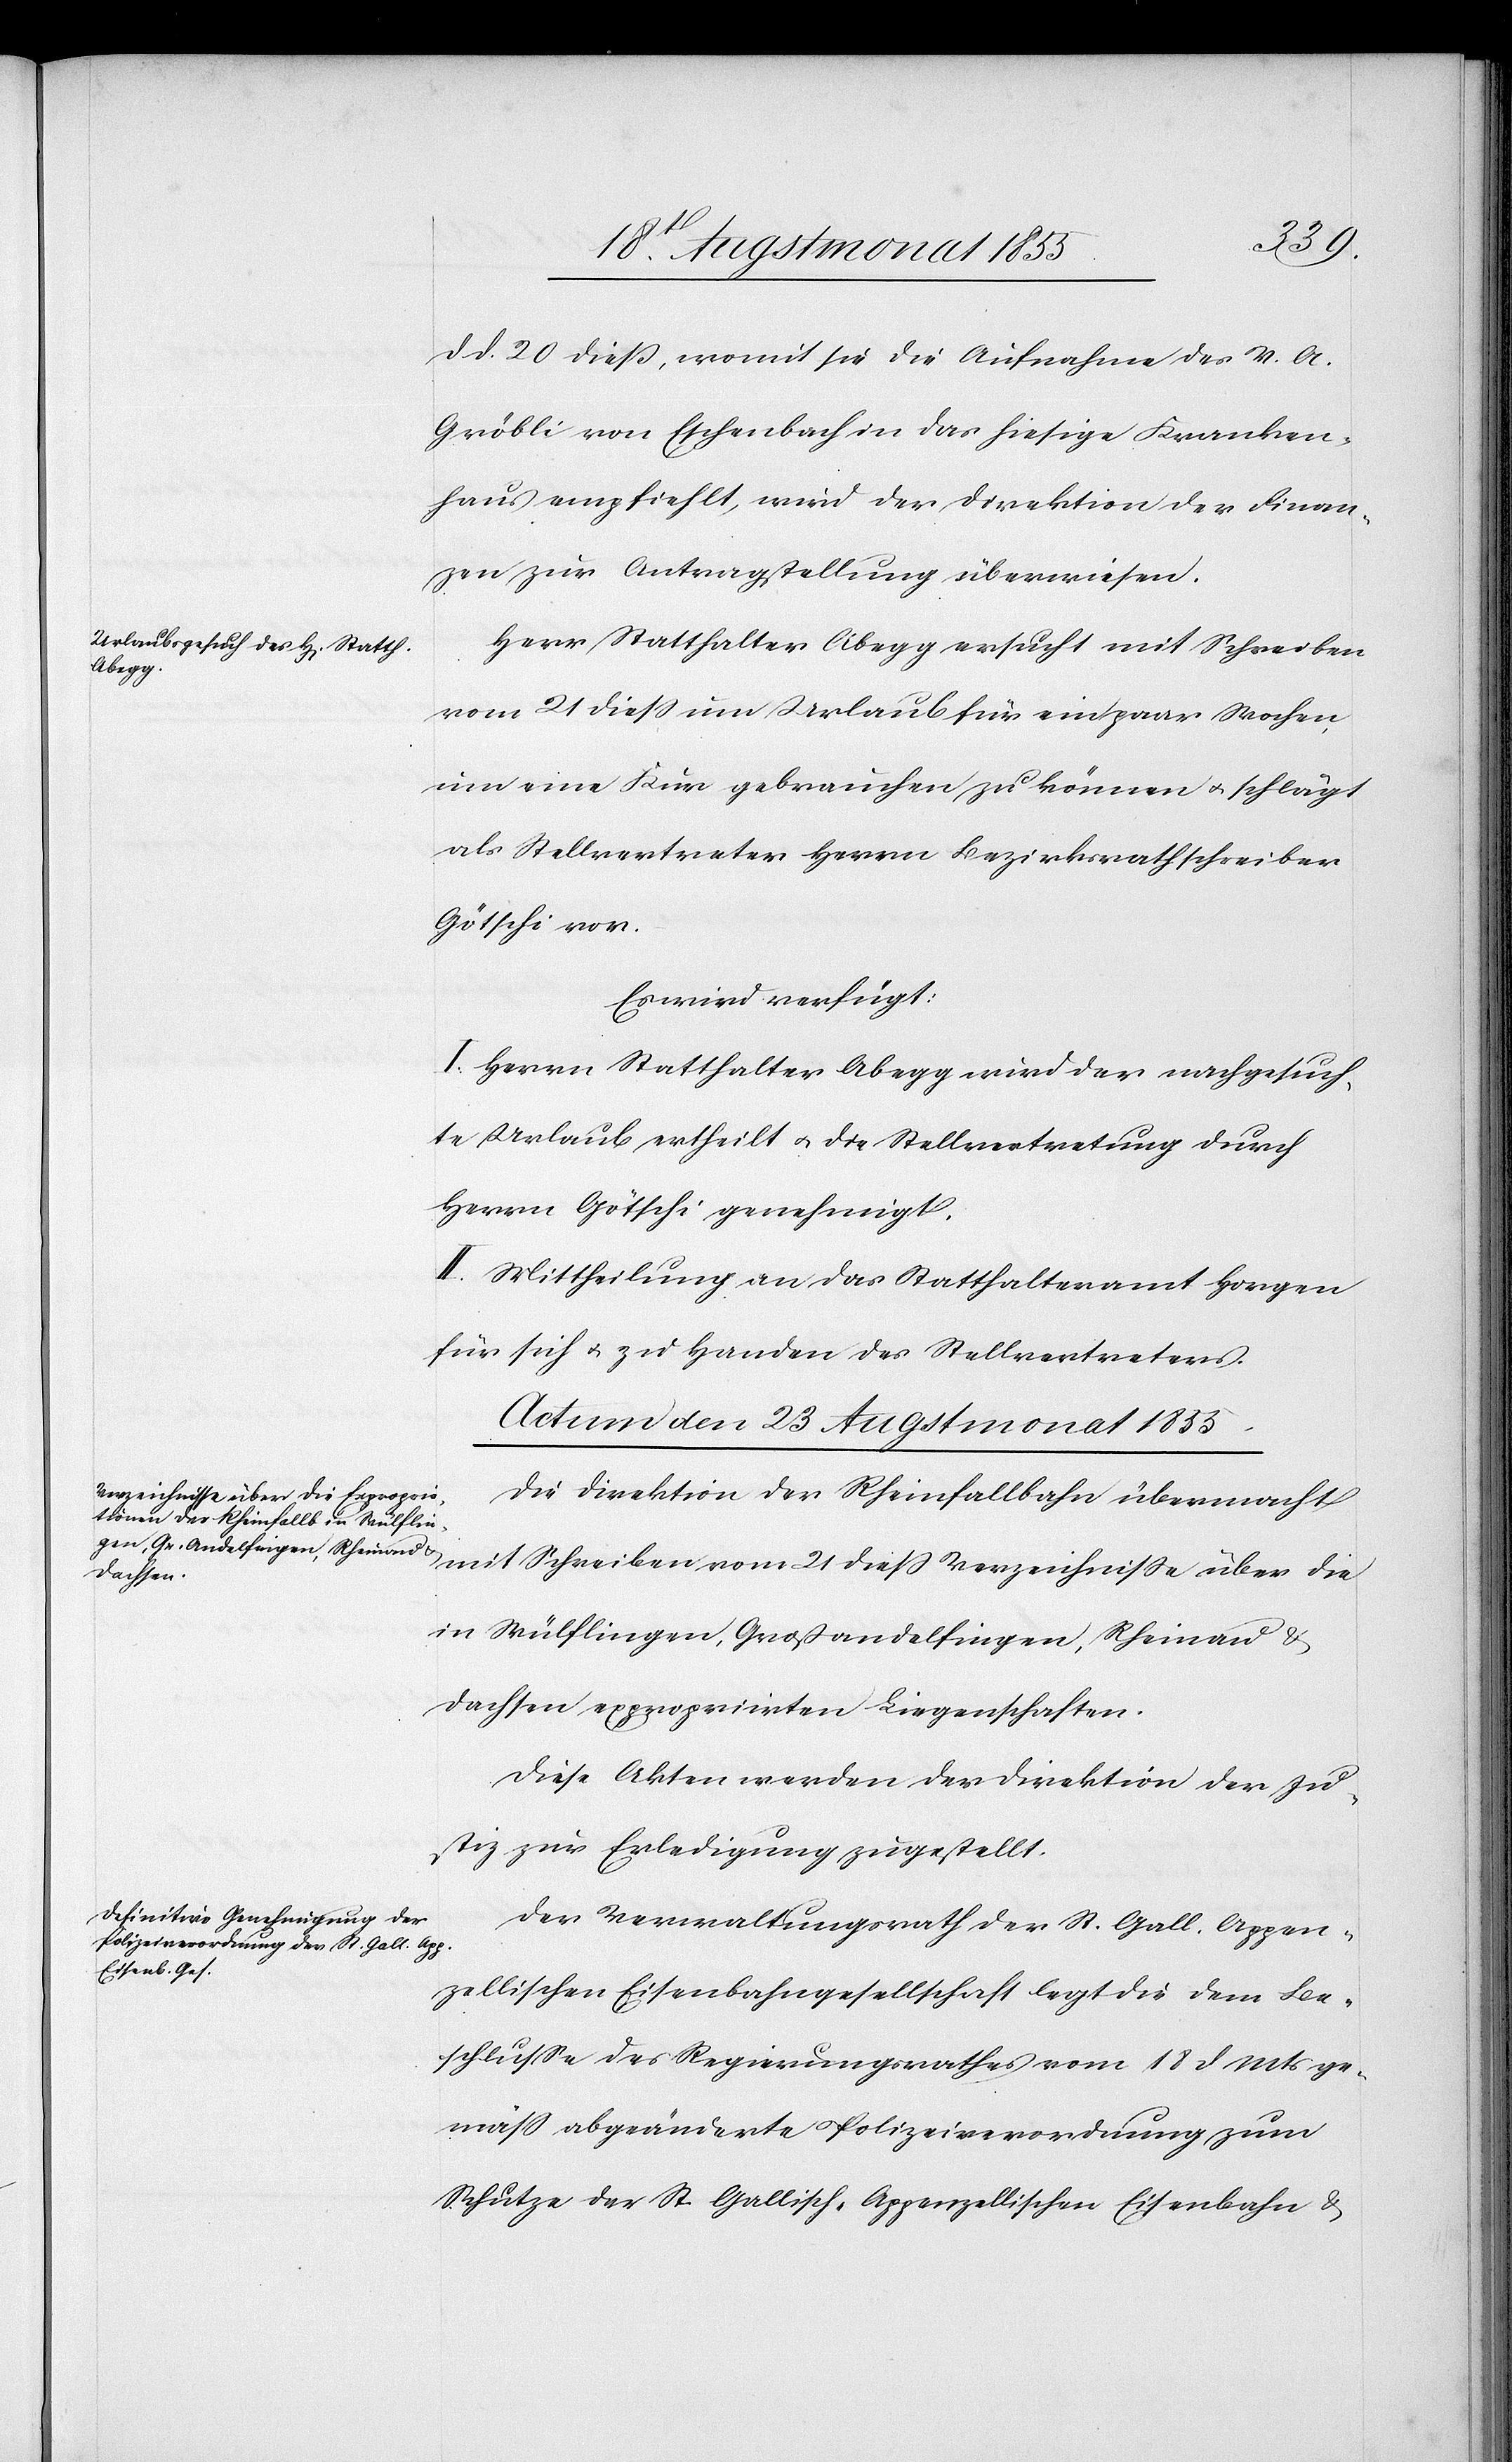
d. d. 20 dieß, womit sie die Aufnahme des V. A.
Gröbli von Eschenbach in das hiesige Kranken¬
haus empfiehlt, wird der Direktion der Finan¬
zen zur Antragstellung überwiesen.
Herr Statthalter Abegg ersucht mit Schreiben
vom 21 diess um Urlaub für ein paar Wochen,
um eine Kur gebrauchen zu können & schlägt
als Stellvertreter Herrn Bezirksrathschreiber
Götschi vor.
Es wird verfügt:
I. Herrn Statthalter Abegg wird der nachgesuch¬
te Urlaub ertheilt & die Stellvertretung durch
Herrn Götschi genehmigt.
II. Mittheilung an das Statthalteramt Horgen
für sich & zu Handen des Stellvertreters.
Actum den 23 Augstmonat 1855.]
Die Direktion der Rheinfallbahn übermacht
mit Schreiben vom 21 diess Verzeichnisse über die
in Wülflingen, Großandelfingen, Rheinau &
Dachsen expropriirten Liegenschaften.
Diese Akten werden der Direktion der Ju¬
stiz zur Erledigung zugestellt.
Der Verwaltungsrath der St. Gall. Appen¬
zellischen Eisenbahngesellschaft legt die dem Be¬
schlusse des Regierungsrathes vom 18 d Mts ge¬
mäss abgeänderte Polizeiverordnung zum
Schutze der St. Gallisch-Appenzellischen Eisenbahn &